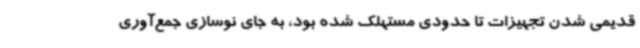
قدیمی شدن تجهیزات تا حدودی مستهلک شده بود، به جای نوسازی جمع‌آوری